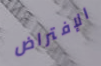
الإفتراض